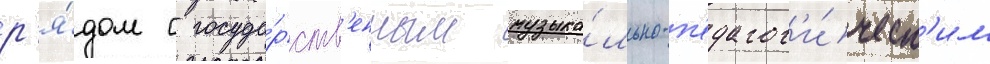
р'я́дом с госуда́рств'енным музыка́льно-п'едагог'и́ческ'им